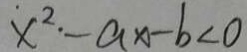
x ^ { 2 } \cdot - a x - b < 0